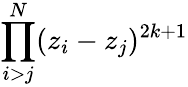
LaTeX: \prod_{i>j}^{N}(z_{i}-z_{j})^{2k+1}